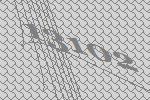
13102